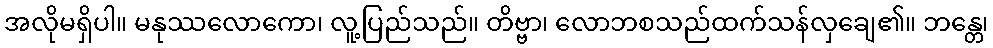
အလိုမရှိပါ။ မနုဿလောကော၊ လူ့ပြည်သည်။ တိဗ္ဗာ၊ လောဘစသည်ထက်သန်လှချေ၏။ ဘန္တေ၊